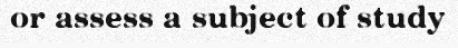
or assess a subject of study